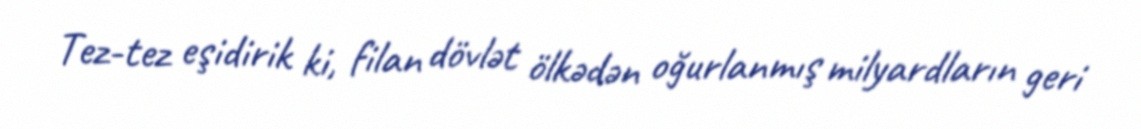
Tez-tez eşidirik ki, filan dövlət ölkədən oğurlanmış milyardların geri